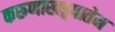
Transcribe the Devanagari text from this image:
करुणाखड्गपातेन